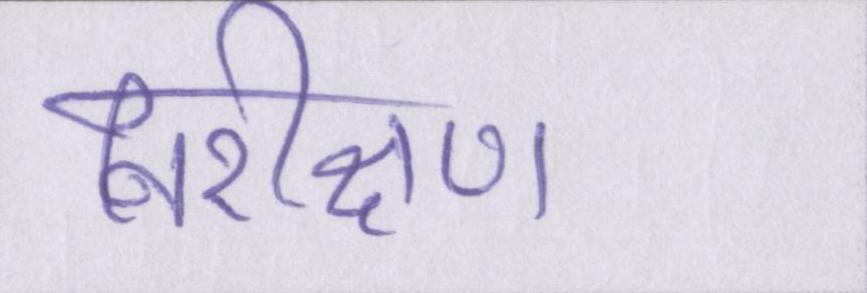
निरीक्षण